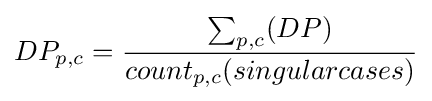
DP_{p,c}={\frac {\sum _{p,c}(DP)}{count_{p,c}(singularcases)}}